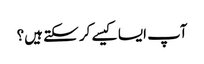
آپ ایسا کیسے کر سکتے ہیں؟